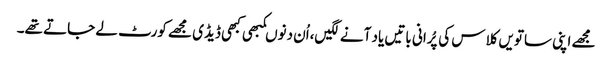
مجھے اپنی ساتویں کلاس کی پُرانی باتیں یاد آنے لگیں،اُن دنوںکبھی کبھی ڈیڈی مجھے کورٹ لے جاتے تھے۔